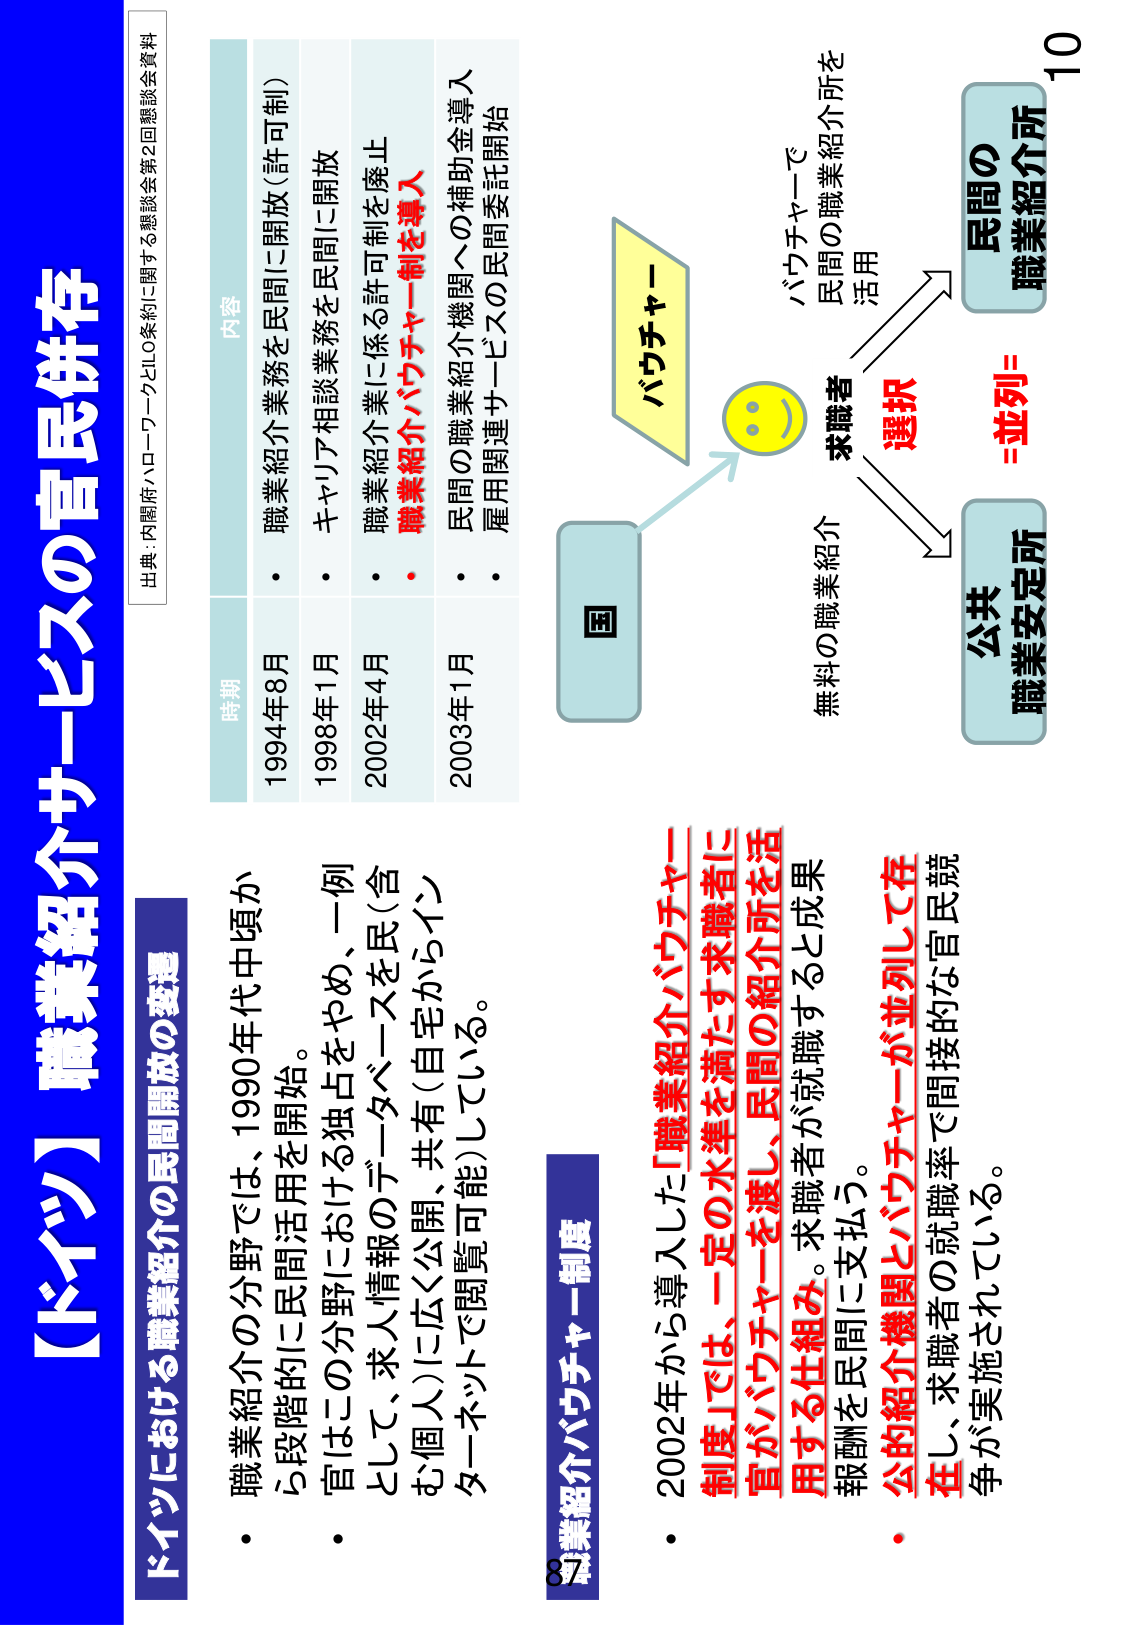
【ドイツ】職業紹介サービスの官民併存

出典：内閣府ハローワークとILO条約に関する懸談会第2回懸談会資料

ドイツにおける職業紹介の民間開放の変遷
・職業紹介の分野では、1990年代中頃から段階的に民間活用を開始。
・官はこの分野における独占をやめ、一例として、求人情報のデータベースを民（含む個人）に広く公開、共有（自宅からインターネットで閲覧可能）している。

時期 内容
1994年8月 ・職業紹介業務を民間に開放（許可制）
1998年1月 ・キャリア相談業務を民間に開放
2002年4月 ・職業紹介業に係る許可制を廃止
・職業紹介バウチャー制を導入
2003年1月 ・民間の職業紹介機関への補助金導入
・雇用関連サービスの民間委託開始

職業紹介バウチャー制度
・2002年から導入した「職業紹介バウチャー制度」では、一定の水準を満たす求職者に官がバウチャーを渡し、民間の紹介所を活用する仕組み。求職者が就職すると成果報酬を民間に支払う。
・公的紹介機関とバウチャーが並列して存在し、求職者の就職率で間接的な官民競争が実施されている。

国
バウチャー
求職者
選択
民間の職業紹介
無料の職業紹介
バウチャーで
民間の職業紹介所を
活用
=並列=
民間の
職業紹介所
公共
職業安定所

10